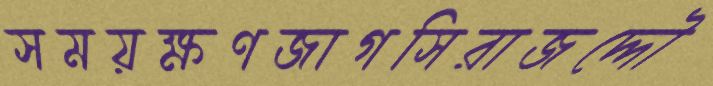
সময়ক্ষণজাগসিরাজদ্দৌ